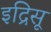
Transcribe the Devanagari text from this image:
इद्रिसू